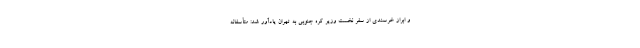
و ابراز خرسندی از سفر نخست وزیر کره جنوبی به تهران یادآور شد: متأسفانه